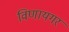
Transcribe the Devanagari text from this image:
विणायगर